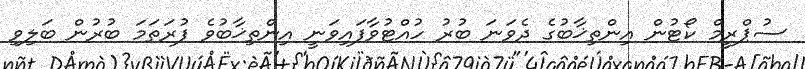
ސުޕްރީމް ކޯޓުން އިންތިޚާބުގެ ދެވަނަ ބުރު ހުއްޓުވާފައިވަނީ އިންތިޚާބުވެ ފުރަތަމަ ބުރުން ބަލިވި